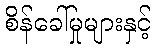
စိန်ခေါ်မှုများနှင့်